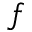
f